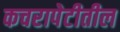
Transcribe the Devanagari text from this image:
कचरापेटीतील